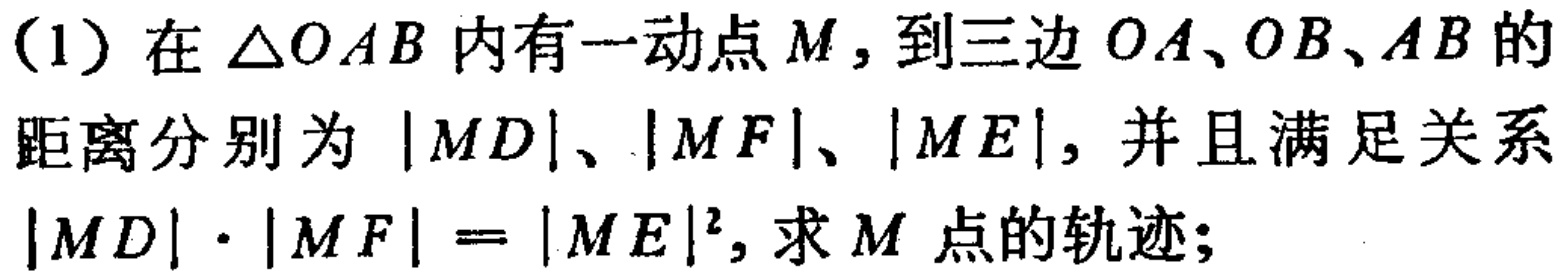
(1) 在$\triangle OAB$内有一动点$M$, 到三边$OA、OB、AB$的距离分别为$|MD|、|MF|、|ME|$, 并且满足关系$|MD|\cdot|MF| = |ME|^{2}$, 求$M$点的轨迹;